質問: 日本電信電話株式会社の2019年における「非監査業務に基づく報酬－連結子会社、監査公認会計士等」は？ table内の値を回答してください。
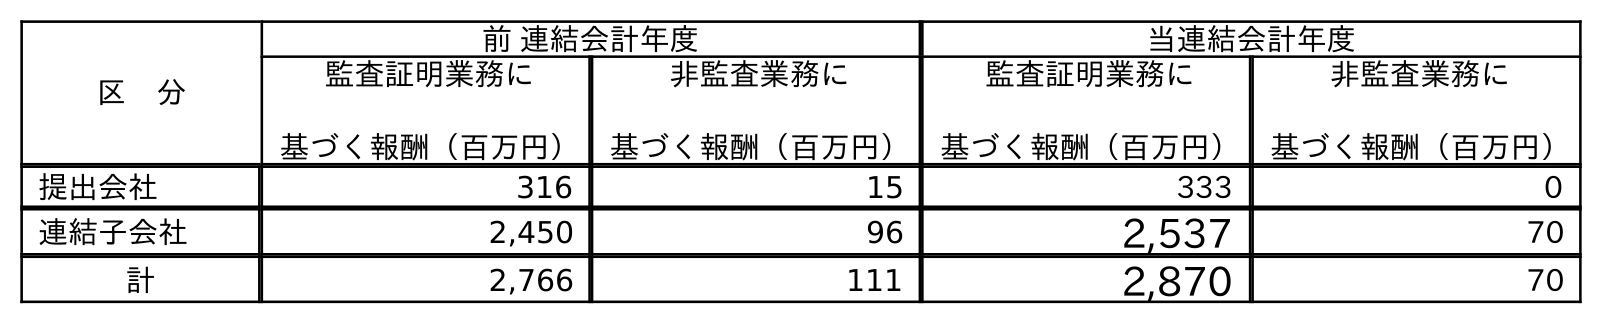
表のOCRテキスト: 区 分 前 連結会計年度 当連結会計年度 監査証明業務に 基づく報酬（百万円） 非監査業務に 基づく報酬（百万円） 監査証明業務に 基づく報酬（百万円） 非監査業務に 基づく報酬（百万円） 提出会社 316 15 333 0 連結子会社 2,450 96 2,537 70 計 2,766 111 2,870 70
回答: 96